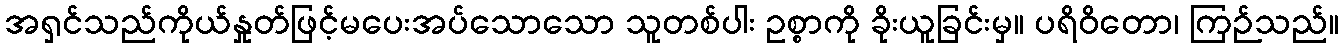
အရှင်သည်ကိုယ်နှုတ်ဖြင့်မပေးအပ်သောသော သူတစ်ပါး ဥစ္စာကို ခိုးယူခြင်းမှ။ ပရိဝိတော၊ ကြဉ်သည်။